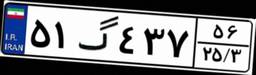
۵۷گ۲۰۱۳۱